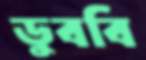
ডুববি